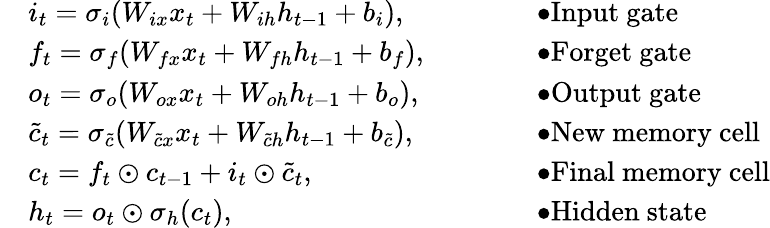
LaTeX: \begin{array}{rlrl}&{i_{t}=\sigma_{i}(W_{ix}x_{t}+W_{ih}h_{t-1}+b_{i}),}&&{\bullet\mathrm{Input~gate}}\\ &{f_{t}=\sigma_{f}(W_{fx}x_{t}+W_{fh}h_{t-1}+b_{f}),\qquad}&&{\bullet\mathrm{Forget~gate}}\\ &{o_{t}=\sigma_{o}(W_{ox}x_{t}+W_{oh}h_{t-1}+b_{o}),}&&{\bullet\mathrm{Output~gate}}\\ &{\tilde{c}_{t}=\sigma_{\tilde{c}}(W_{\tilde{c}x}x_{t}+W_{\tilde{c}h}h_{t-1}+b_{\tilde{c}}),}&&{\bullet\mathrm{New~memory~cell}}\\ &{c_{t}=f_{t}\odot c_{t-1}+i_{t}\odot\tilde{c}_{t},}&&{\bullet\mathrm{Final~memory~cell}}\\ &{h_{t}=o_{t}\odot\sigma_{h}(c_{t}),}&&{\bullet\mathrm{Hidden~state}}\end{array}